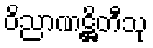
ဝိညာဏဋ္ဌိတီသု